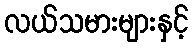
လယ်သမားများနှင့်